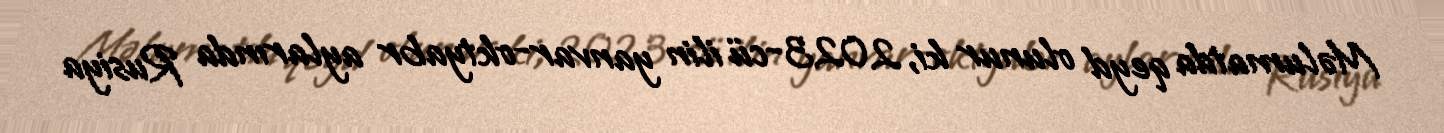
Məlumatda qeyd olunur ki, 2023-cü ilin yanvar-oktyabr aylarında Rusiya